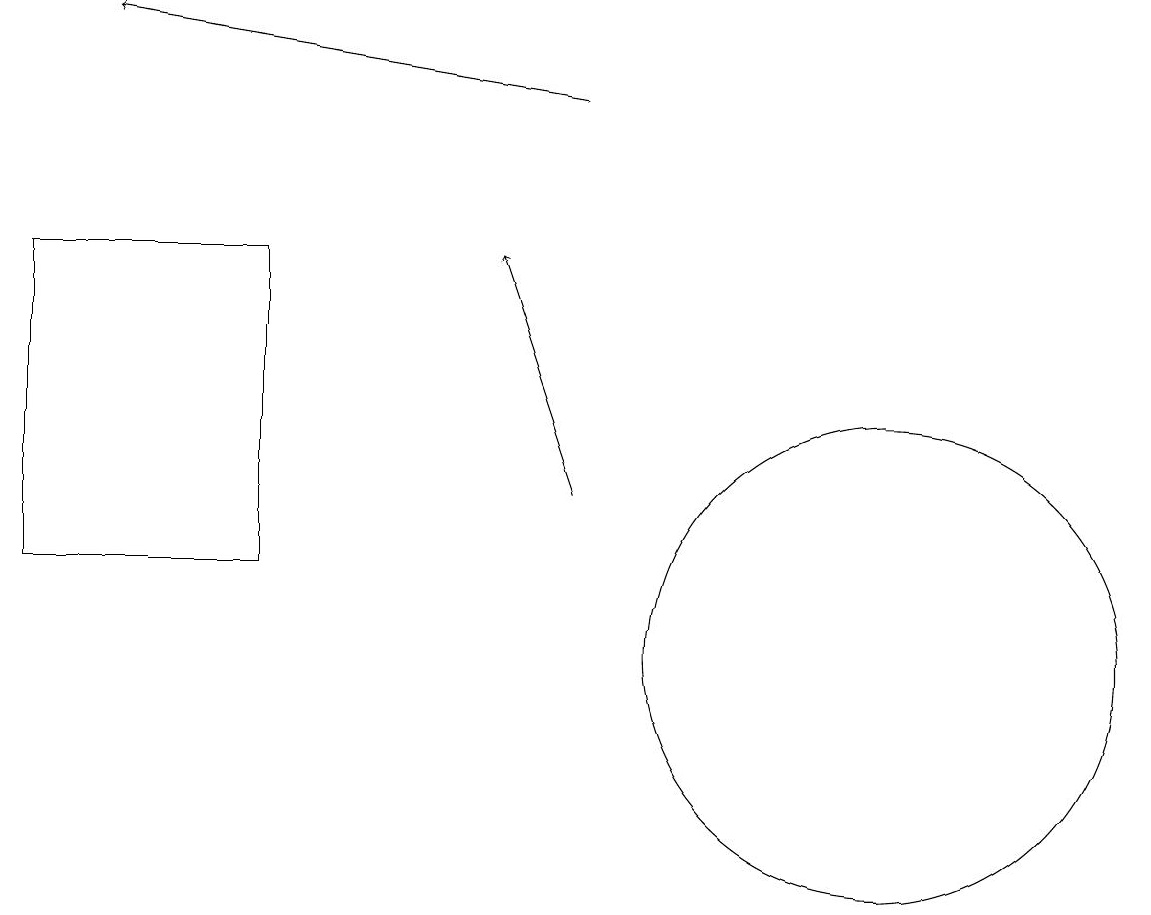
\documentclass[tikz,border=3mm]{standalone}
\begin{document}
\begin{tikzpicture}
\draw (0,12) rectangle (3,16);
\draw (11,11) circle (3);
\draw[->] (7,13) -- (6,16);
\draw[->] (7,18) -- (1,19);
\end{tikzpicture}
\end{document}